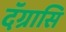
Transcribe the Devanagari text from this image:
दॅग्रासि